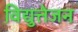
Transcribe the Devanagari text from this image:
विद्युत्तेजन